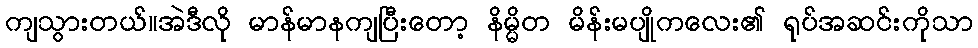
ကျသွားတယ်။အဲဒီလို မာန်မာနကျပြီးတော့ နိမ္မိတ မိန်းမပျိုကလေး၏ ရုပ်အဆင်းကိုသာ